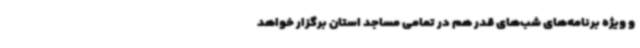
و ویژه برنامه‌های شب‌های قدر هم در تمامی مساجد استان برگزار خواهد